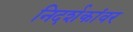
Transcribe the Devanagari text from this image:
निदर्शकांवर